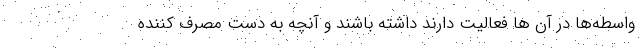
واسطه‌ها در آن ها فعالیت دارند داشته باشند و آنچه به دست مصرف کننده